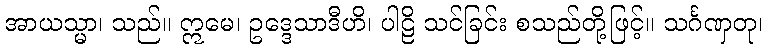
အာယသ္မာ၊ သည်။ ဣမေ၊ ဥဒ္ဒေသာဒီဟိ၊ ပါဠိ သင်ခြင်း စသည်တို့ဖြင့်။ သင်္ဂဏှတု၊